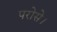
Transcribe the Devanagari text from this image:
परोसे।